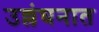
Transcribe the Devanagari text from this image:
उल्लंघनात